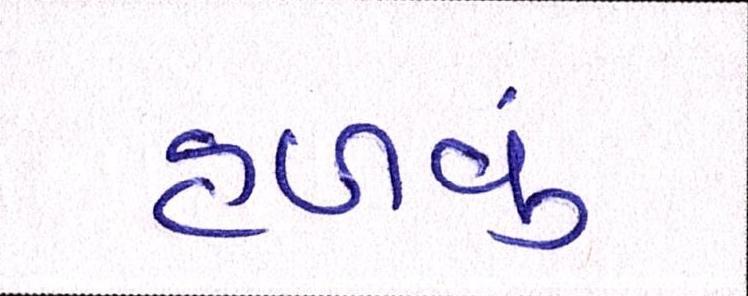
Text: હળવું